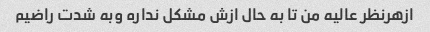
ازهرنظر عالیه من تا به حال ازش مشکل نداره وبه شدت راضیم